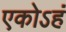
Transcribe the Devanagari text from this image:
एकोऽहं